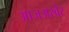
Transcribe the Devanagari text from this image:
आजअखेर